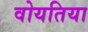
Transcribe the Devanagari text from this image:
वोयतिया